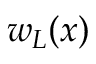
\boldsymbol { w } _ { L } ( \boldsymbol { x } )